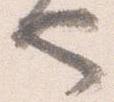
也